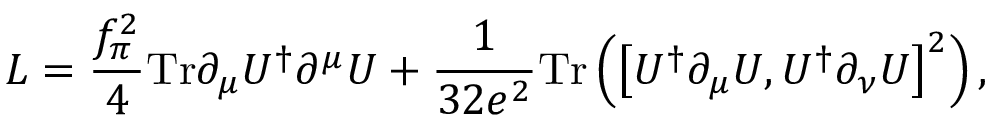
{ \cal L } = \frac { f _ { \pi } ^ { 2 } } { 4 } \mathrm { T r } \partial _ { \mu } U ^ { \dagger } \partial ^ { \mu } U + \frac { 1 } { 3 2 e ^ { 2 } } \mathrm { T r } \left( \left[ U ^ { \dagger } \partial _ { \mu } U , U ^ { \dagger } \partial _ { \nu } U \right] ^ { 2 } \right) ,